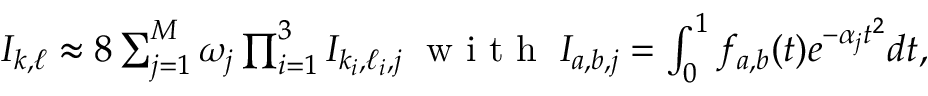
\begin{array} { r } { I _ { k , \ell } \approx 8 \sum _ { j = 1 } ^ { M } \omega _ { j } \prod _ { i = 1 } ^ { 3 } I _ { k _ { i } , \ell _ { i } , j } \; \mathrm { ~ w ~ i ~ t ~ h ~ } \; I _ { a , b , j } = \int _ { 0 } ^ { 1 } f _ { a , b } ( t ) e ^ { - \alpha _ { j } t ^ { 2 } } d t , } \end{array}